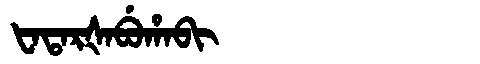
Manchu: ᡶᠠᡨᠠᡵᡧᠠᠪᡠᡥᠠᠪᡳ
Romanization: FATARŠABUHABI